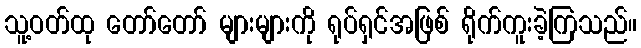
သူ့ဝတ်ထု တော်တော် များများကို ရုပ်ရှင်အဖြစ် ရိုက်ကူးခဲ့ကြသည်။